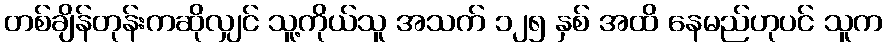
တစ်ချိန်တုန်းကဆိုလျှင် သူ့ကိုယ်သူ အသက် ၁၂၅ နှစ် အထိ နေမည်ဟုပင် သူက